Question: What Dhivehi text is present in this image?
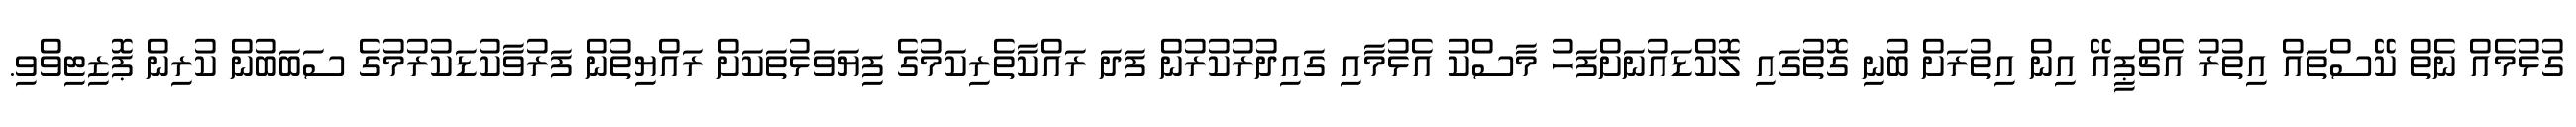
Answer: ގުޅުމެއް ނެތް ކޭސްތައް އިތުރު އެޗްޕީއޭ އިން އިތުރަށް ބުނި ގޮތުގައި ލޮކްޑައުނަށްފަހު މާސްކު އެޅުމާއި ގައިދުރުކުރުން ފަދަ ރައްކާތެރިކަމުގެ ފިޔަވަޅުތަކަށް ރައްޔިތުން ފަރުވާކުޑަކުރުމުގެ ސަބަބުން ކުރިން ޕޮޒިޓިވްވި.